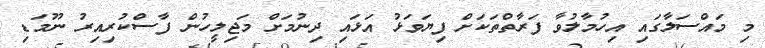
މި މައްސަލާގައި އިހުމާލުވާ ފަރާތްތަކަށް ފިޔަވަޅު އަޅައި ދިނުމަށް މަޖިލީހުން ފާސްކުރިއިރު ނޫމަޑި